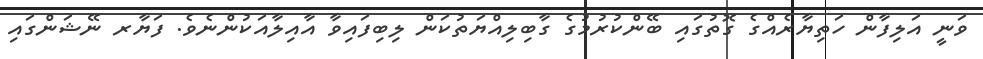
ވަނީ އަލިފާން ހަތިޔާރެއްގެ ގޮތުގައި ބޭންކުރުމުގެ ގާބިލިއްޔަތުކަން ލިބިފައިވާ އާއިލާއަކުންނެވެ. ފަޔާރ ނޭޝަންގައި